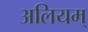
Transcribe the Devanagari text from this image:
अलियम्